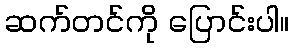
ဆက်တင်ကို ပြောင်းပါ။